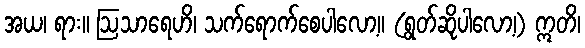
အယ၊ ရား။ ဩသာရေဟိ၊ သက်ရောက်စေပါလော့။ (ရွတ်ဆိုပါလော့၊) ဣတိ၊